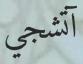
آتشجي